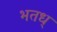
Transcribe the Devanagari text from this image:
भतध्